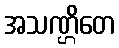
အသဏ္ဌိတေ